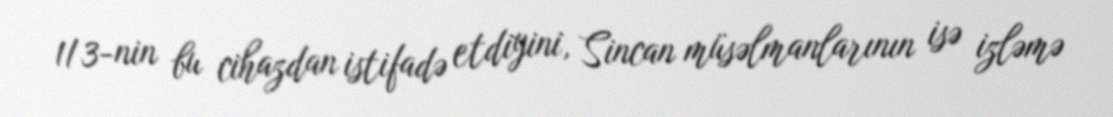
1/3-nin bu cihazdan istifadə etdiyini, Sincan müsəlmanlarının isə izləmə